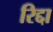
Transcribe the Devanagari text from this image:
रिद्दा